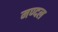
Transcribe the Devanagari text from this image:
मण्दल